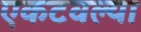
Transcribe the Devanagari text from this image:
एकटवल्या